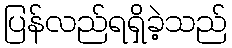
ပြန်လည်ရရှိခဲ့သည်